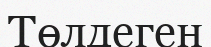
Төлдеген